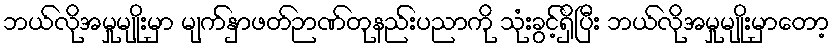
ဘယ်လိုအမှုမျိုးမှာ မျက်နှာဖတ်ဉာဏ်တုနည်းပညာကို သုံးခွင့်ရှိပြီး ဘယ်လိုအမှုမျိုးမှာတော့